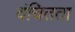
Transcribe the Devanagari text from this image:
वंचितता